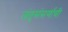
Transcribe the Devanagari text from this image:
जंतुसंसर्गाची